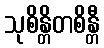
သုစိန္တိတစိန္တီ